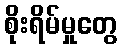
စိုးရိမ်မှုတွေ